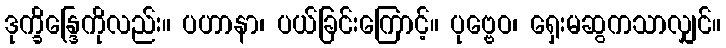
ဒုက္ခိန္ဒြေကိုလည်း။ ပဟာနာ၊ ပယ်ခြင်းကြောင့်။ ပုဗ္ဗေဝ၊ ရှေးမဆွကသာလျှင်။